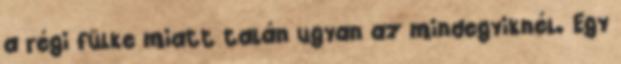
a régi fülke miatt talán ugyan az mindegyiknél. Egy